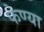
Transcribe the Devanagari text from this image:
फेण्या